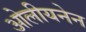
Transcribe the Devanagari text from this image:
ओलीयनेन